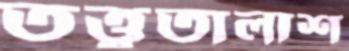
তত্ত্বতালাশ